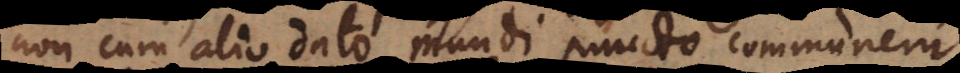
non cum alio dato mundi puncto communem